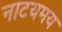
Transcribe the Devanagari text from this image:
नाटयमय